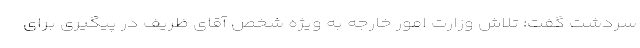
سردشت گفت: تلاش وزارت امور خارجه به ویژه شخص آقای ظریف در پیگیری برای